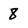
Character: 8